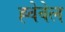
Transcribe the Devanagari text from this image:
ह्वेवेल